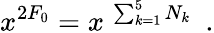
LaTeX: x^{2F_{\mathrm{0}}}=x^{~\sum_{k=1}^{5}N_{k}}~~.